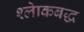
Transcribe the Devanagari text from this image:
श्लाेकबद्ध